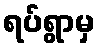
ရပ်ရွာမှ